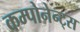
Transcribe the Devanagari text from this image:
कम्पोनेन्ट्स